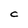
Character: C